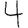
Digit: 4